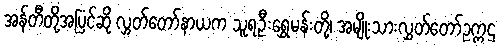
အန်တီတို့အပြင်ဆို လွှတ်တော်နာယက သူရဦးရွှေမန်းတို့၊ အမျိုးသားလွှတ်တော်ဥက္ကဌ